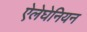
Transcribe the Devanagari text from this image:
ऐलेघेनियन